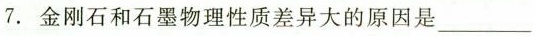
7.金刚石和石墨物理性质差异大的原因是_______